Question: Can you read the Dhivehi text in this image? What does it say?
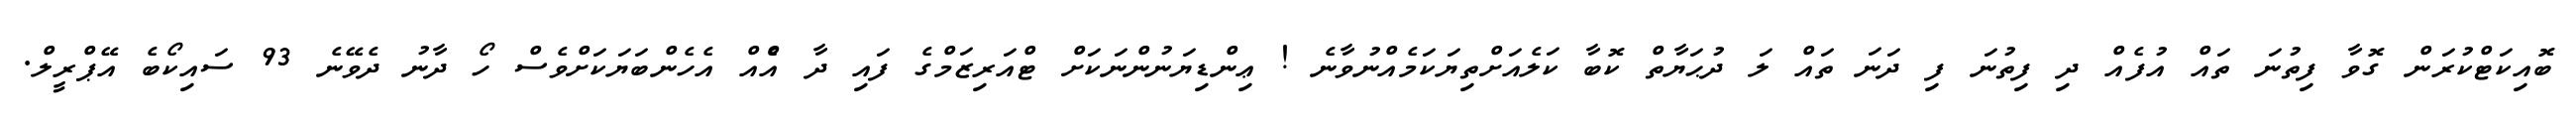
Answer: ބޮއިކަޓްކުރަން ގޮވާ ފިތުނަ ތައް އުފެއް ދި ފިތުނަ ފި ދަނަ ތައް ލަ ދުޙަޔާތް ކޮބާ ކަލެއަށްތިޔަކަމެއްނުވާނެ ! ޢިންޑިޔަނުންނަކަށް ޓްއަރިޒަމްގެ ފައި ދާ އެްއް އެހެންބަޔަކަށްވެސް ހޯ ދާނު ދެވޭނެ 93 ސައިކޯބެ އޭޕްރީލް.